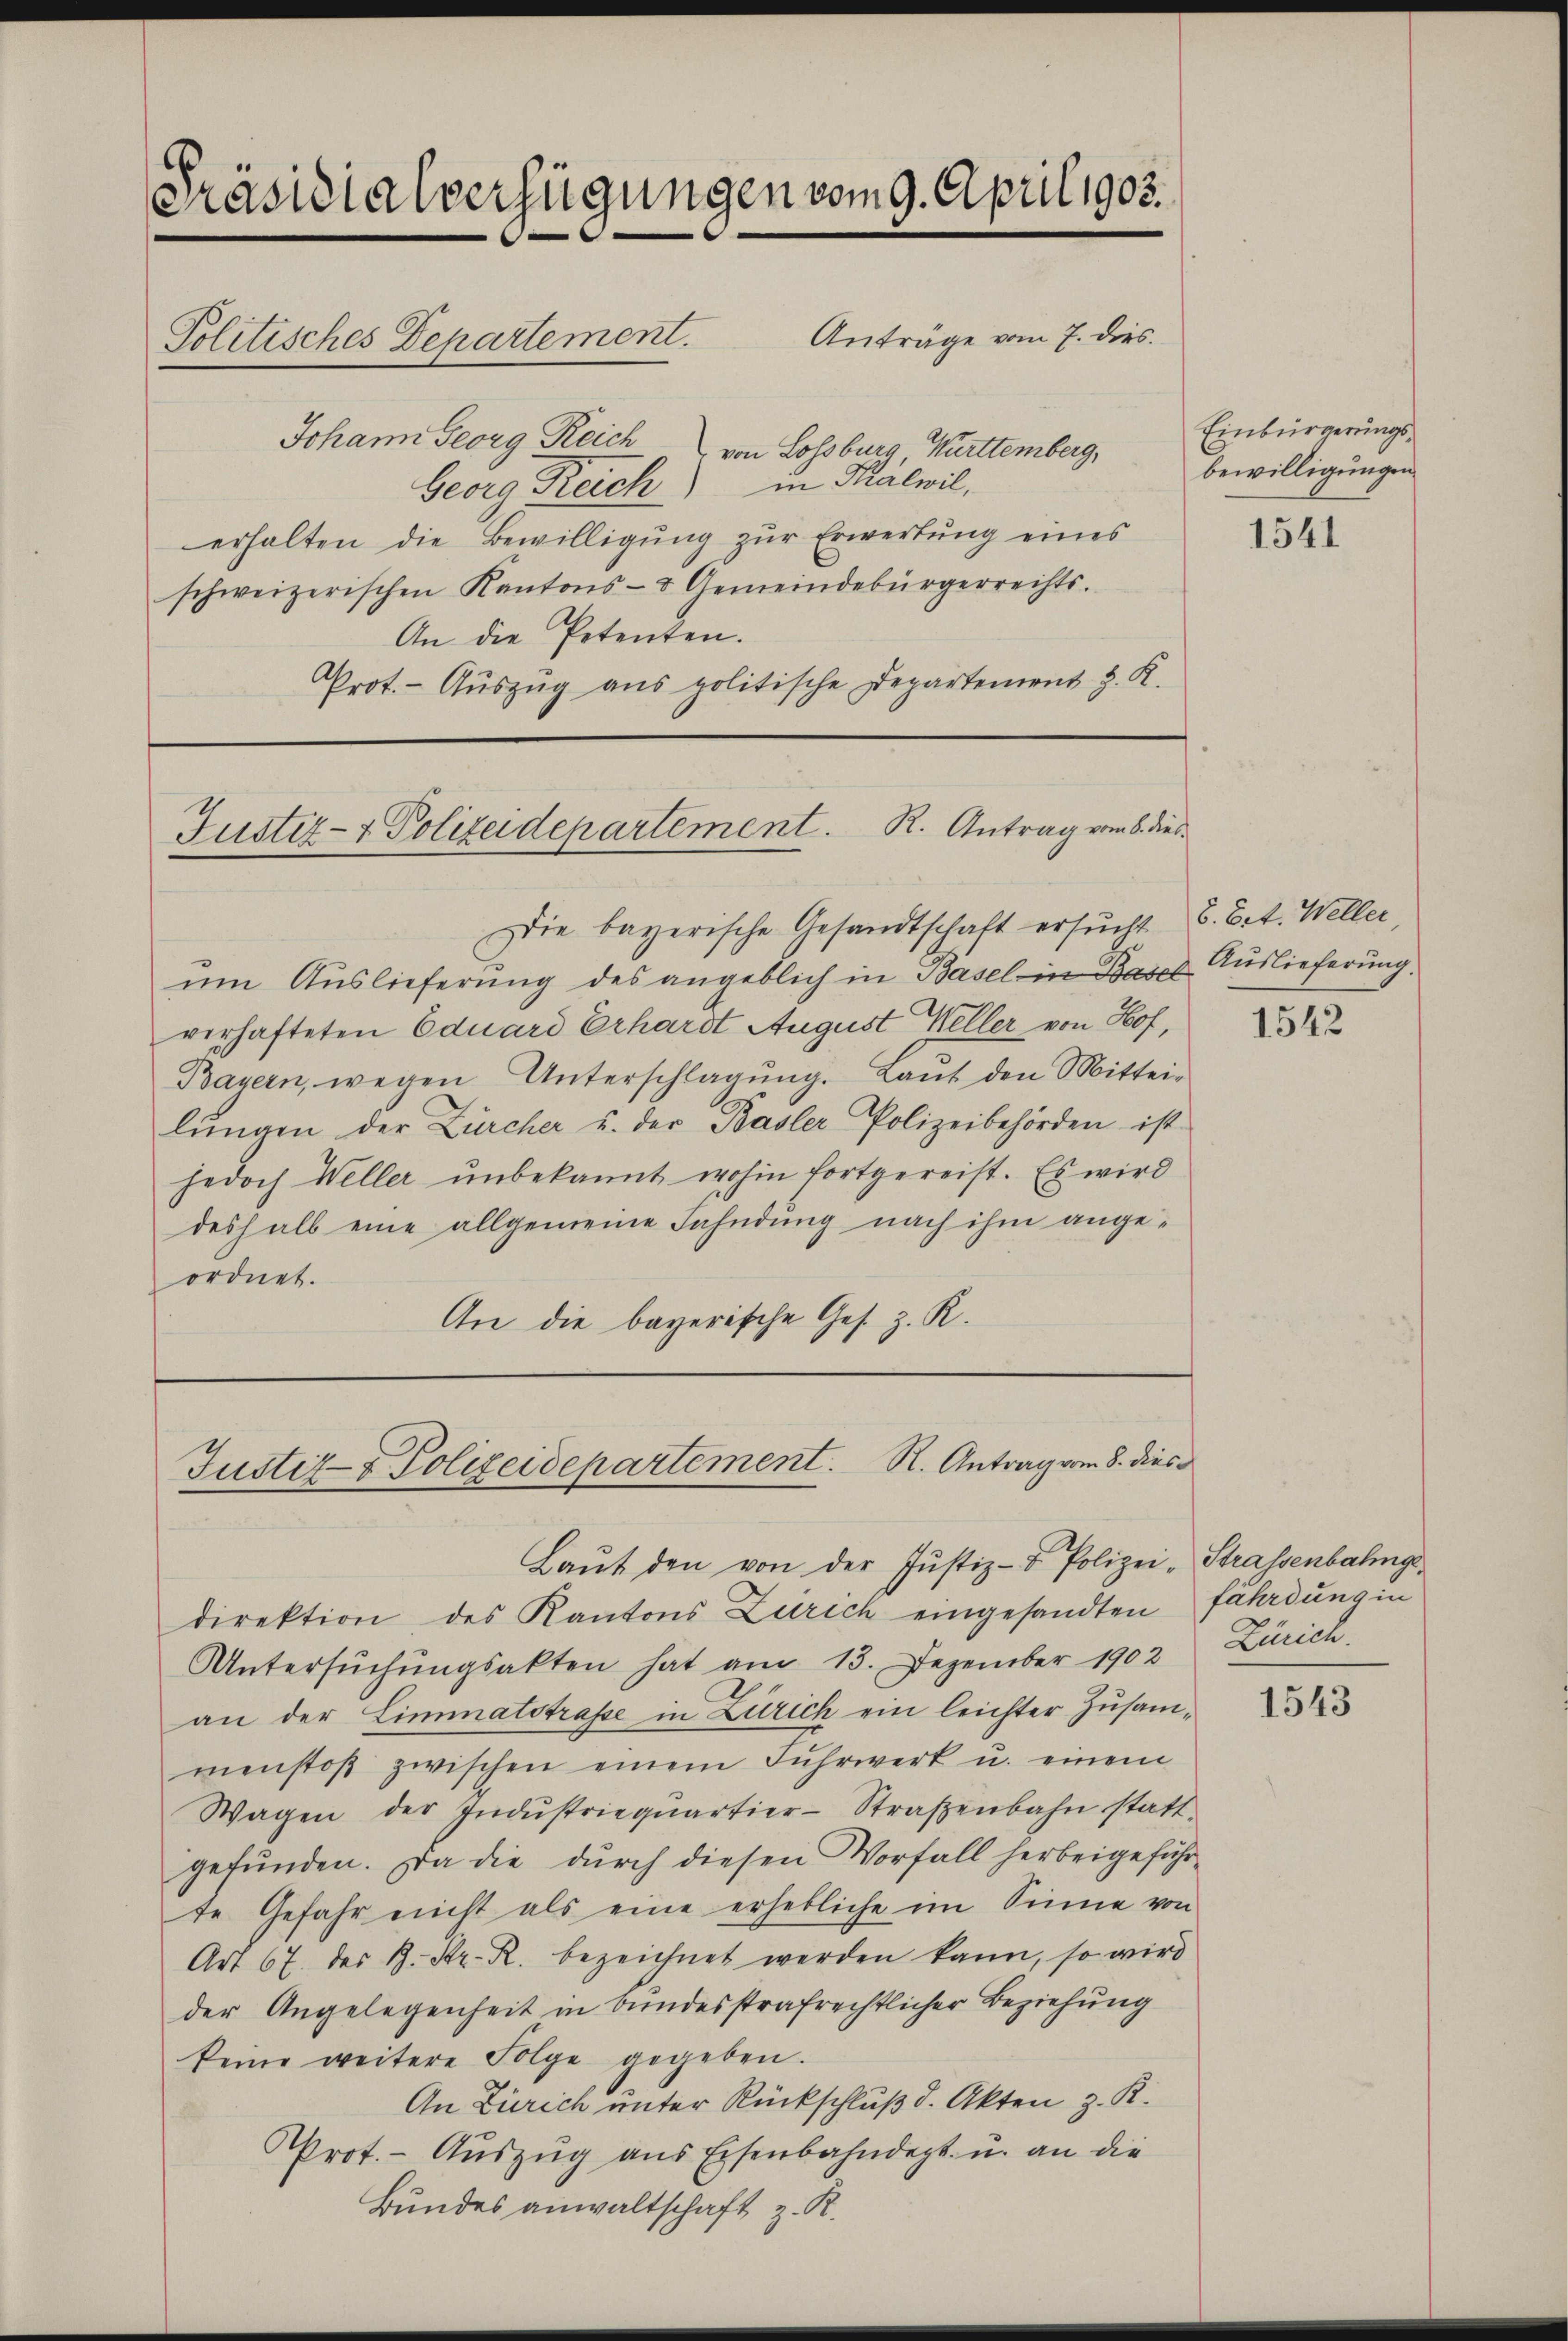
Präsidialverfügungen vom 9. April 1905.
Anträge vom 7. dies
Politisches Departement.
Johann Georg Reich von Lossburg, Württemberg,

Georg Reich in Malwil,
erhalten die Bewilligung zur Erwertung eines
schweizerischen Kantons- & Gemeindebürgerrechts.
An die Petenten.
Prot. - Aŭszŭg ans politische Departemens z. K.

Justiz- & Polizeidepartement. K. Antrag vom 8. dies

Die bayerische Gesandtschaft ersucht 6. Bet. Weller,
um Auslieferung des angeblich in Basel in Basel Auslieferung.
verhafteten Eduard Erhardt August Weller von Hof,
Bayern, wegen Unterschlagung. Laut den Mittei-
lungen der Zürcher u. der Basler Polizeibehörden ist
jedoch Weller unbekannt wohin fortgereist. Es wird
deshalb eine allgemeine Fahndung nach ihm angeordnet.
An die bayerische Ges. z. R.

Justiz- & Polizeidepartement. R. Antrag vom 8. dies
Laŭt den von der Justiz- & Polizei-Stralsenbahnge¬

direktion des Kantons Zürich eingesandten
Untersŭchŭngsakten hat am 13. Dezember 1902
an der Limmatstrasse in Zürich ein leichter Zusammenstoβ zwischen einem Fuhrwert u. einem
Wagen der Indŭstrieqŭartier-Straβenbahn statt-
gefunden. Da die durch diesen Vorfall herbeigeführte Gefahr nicht als eine erhebliche im Sinne von
Art 67. des H. Kr. R. bezeichnet werden kann, so wird
der Angelegenheit in bundesstrafrechtlicher Beziehung
keine weitere Folge gegeben.
An Zürich unter Rückschluß d. Akten z. R.
Prot.- Aŭszŭg ans Eisenbahndept. u. an die
Bundes anwaltschaft z. R.

Einbürgerungsbewilligungen

1541

1542

fährdung in
Zürich.

1543